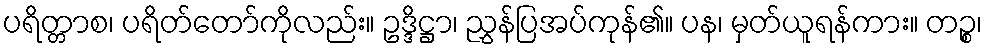
ပရိတ္တာစ၊ ပရိတ်တော်ကိုလည်း။ ဥဒ္ဒိဋ္ဌာ၊ ညွှန်ပြအပ်ကုန်၏။ ပန၊ မှတ်ယူရန်ကား။ တဉ္စ၊